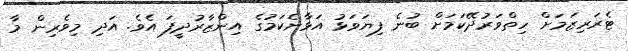
ޓެރަރިޒަމަށް ހިތްވަރުދޭކަމަށް ބުނެ ފިޔަވަޅު އަޅާނެކަމުގެ އިންޒާރުދީފަ އެވެ. އަދި މިވެރިން މާ